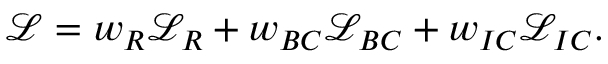
\mathcal { L } = w _ { R } \mathcal { L } _ { R } + w _ { B C } \mathcal { L } _ { B C } + w _ { I C } \mathcal { L } _ { I C } .